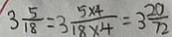
3 \frac { 5 } { 1 8 } = 3 \frac { 5 \times 4 } { 1 8 \times 4 } = 3 \frac { 2 0 } { 7 2 }